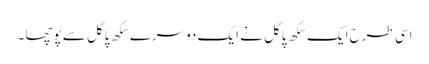
اسی طرح ایک سِکھ پاگل نے ایک دوسرے سِکھ پاگل سے پُوچھا۔